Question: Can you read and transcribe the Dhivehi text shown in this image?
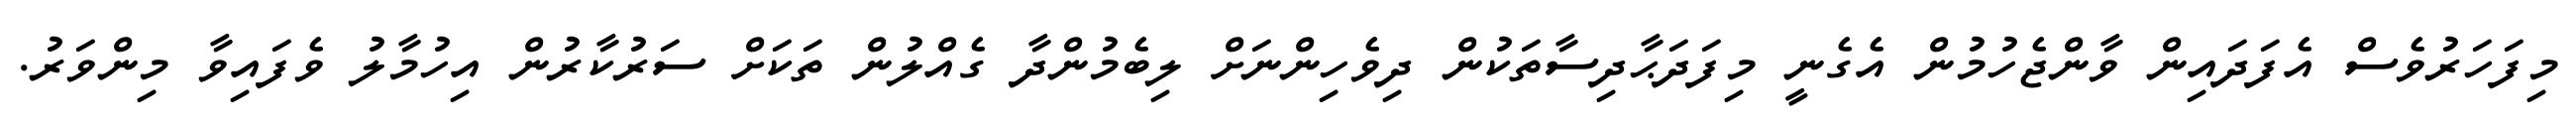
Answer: މިފަހަރުވެސް އެފަދައިން ވާންޖެހުމުން އެގެނީ މިފަދަޙާދިސާތަކުން ދިވެހިންނަށް ލިބެމުންދާ ގެއްލުން ތަކަށް ސަރުކާރުން އިހުމާލު ވެފައިވާ މިންވަރު.